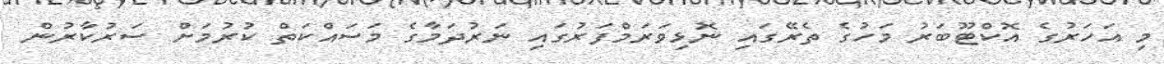
މި އަހަރުގެ އޮކްޓޫބަރު މަހުގެ ތެރޭގައި ނޮޅިވަރަމްފަރުގައި ނަރުދަމާގެ މަސައްކަތް ކުރުމަށް ސަރުކާރުން